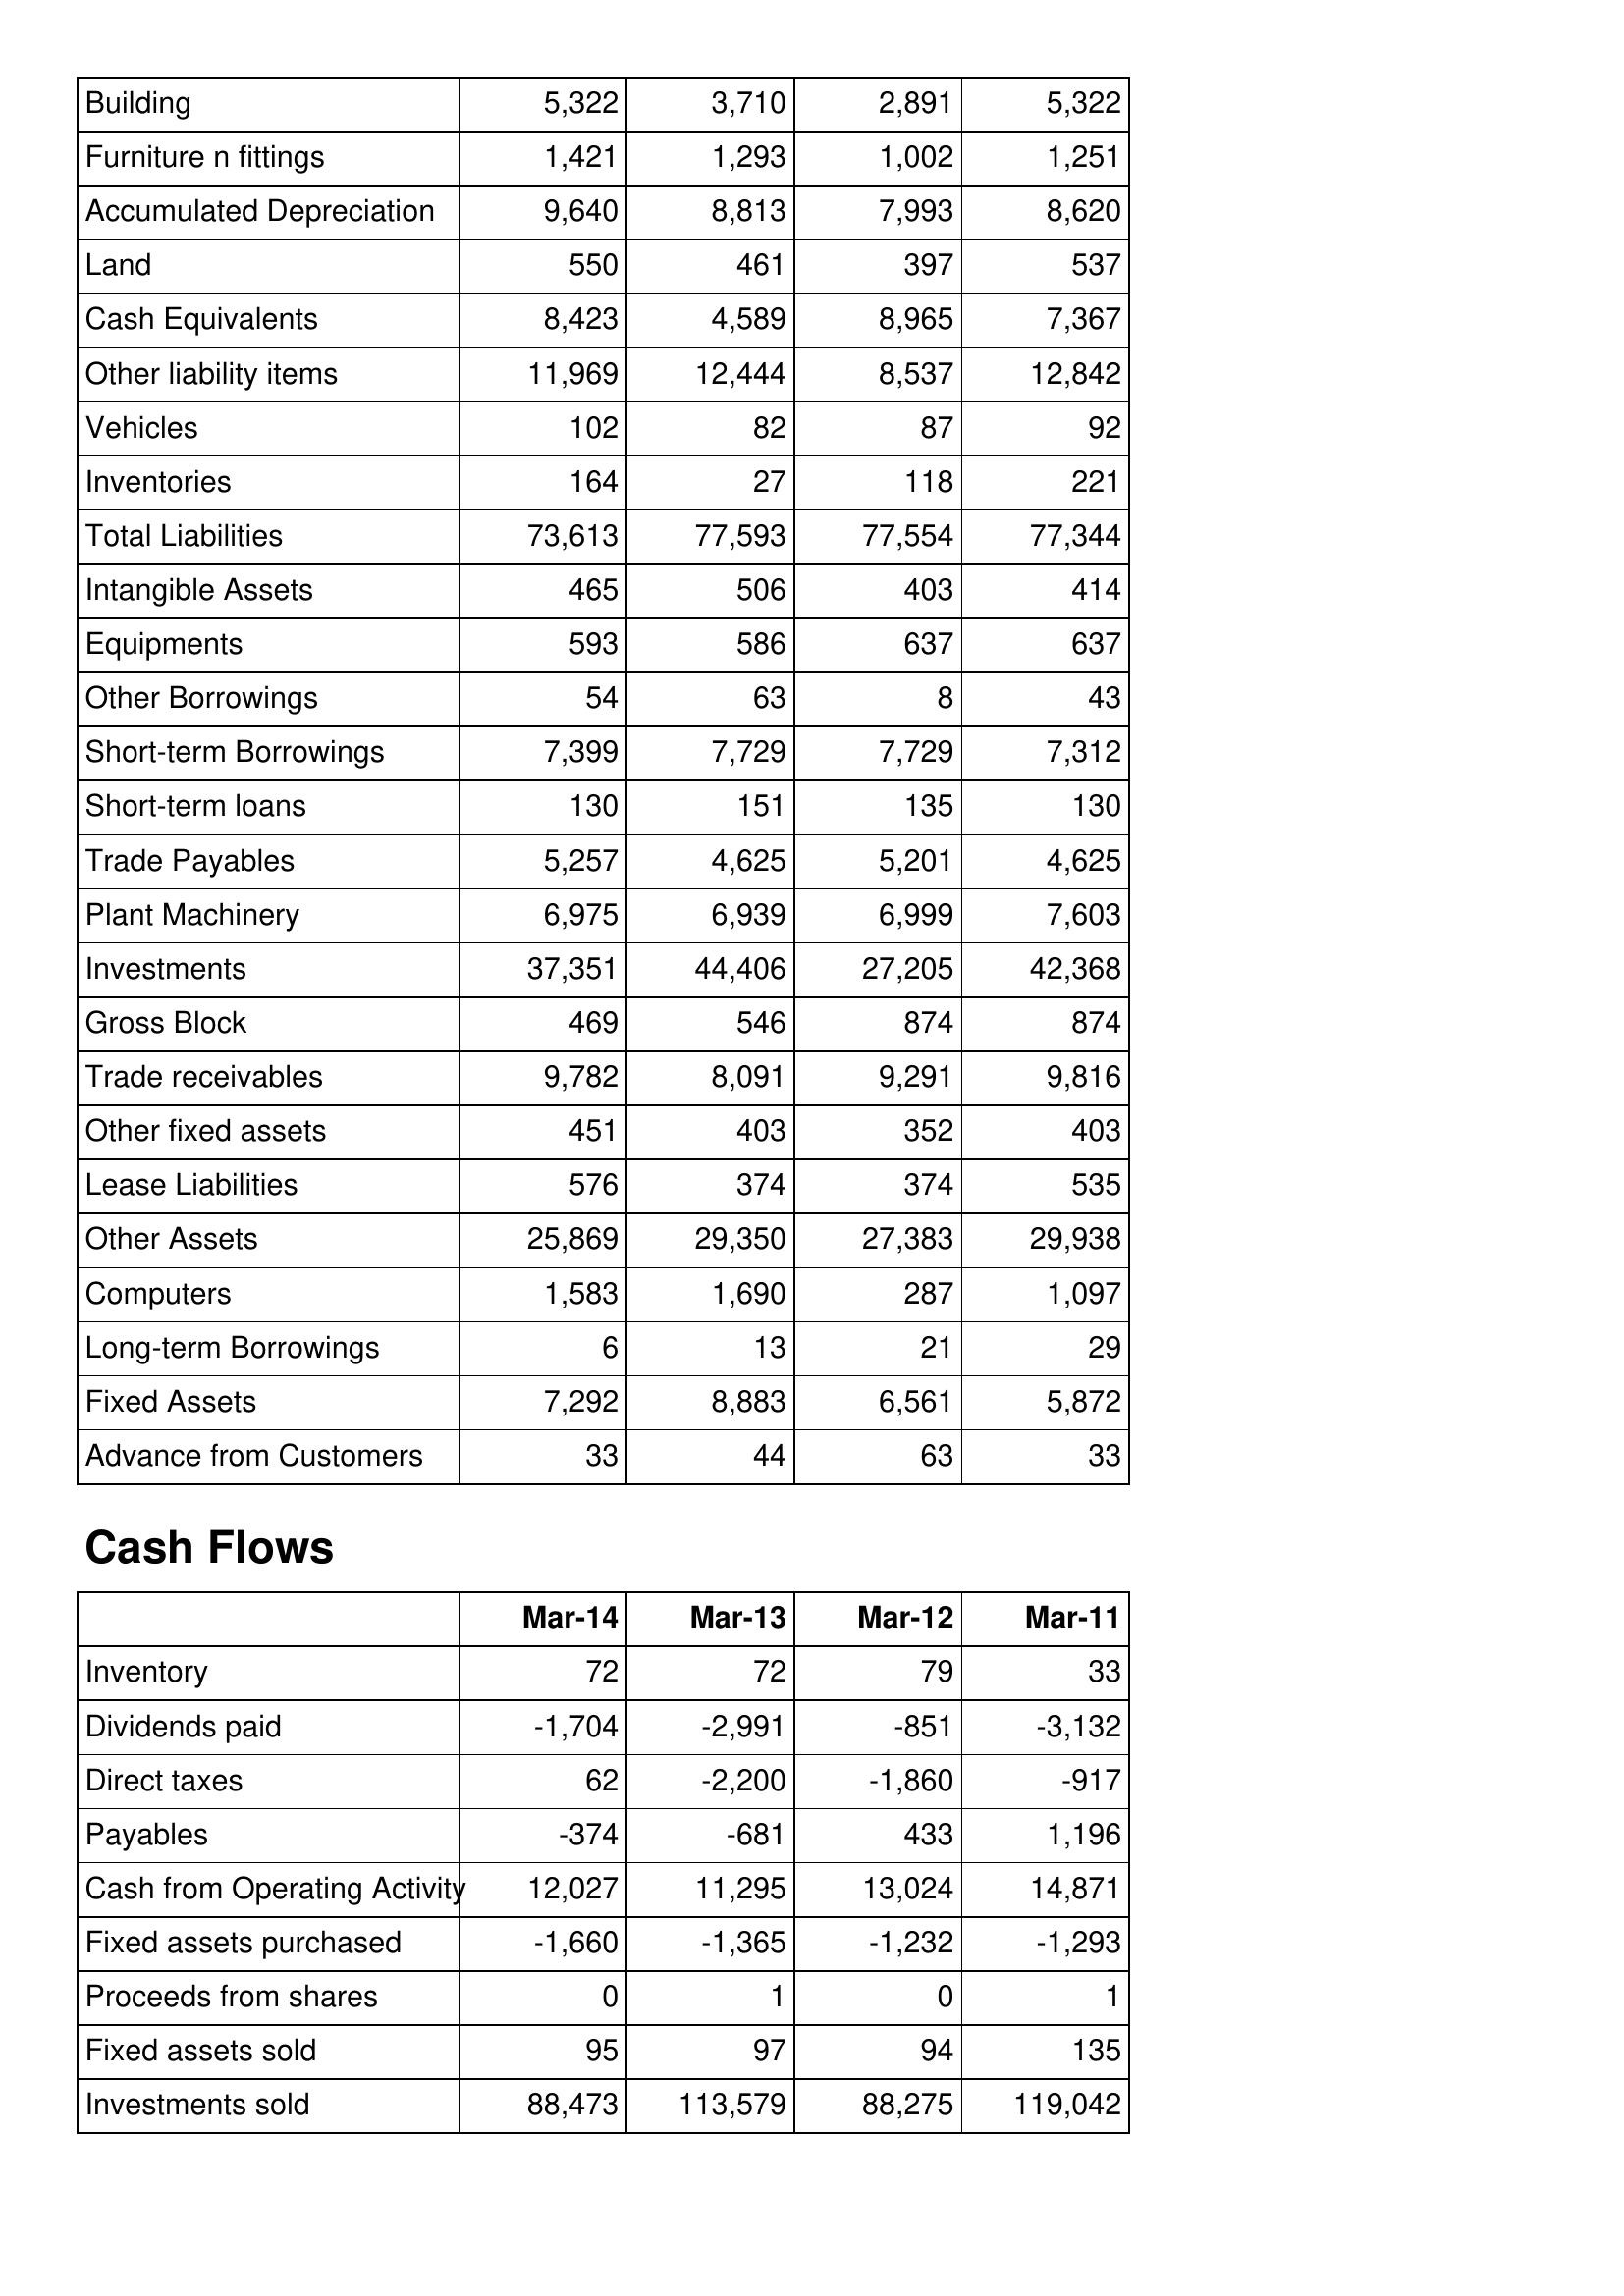
Mar-14: Balance Sheet: Building: 5,322
Furniture n fittings: 1,421
Accumulated Depreciation: 9,640
Land: 550
Cash Equivalents: 8,423
Other liability items: 11,969
Vehicles: 102
Inventories: 164
Total Liabilities: 73,613
Intangible Assets: 465
Equipments: 593
Other Borrowings: 54
Short-term Borrowings: 7,399
Short-term loans: 130
Trade Payables: 5,257
Plant Machinery: 6,975
Investments: 37,351
Gross Block: 469
Trade receivables: 9,782
Other fixed assets: 451
Lease Liabilities: 576
Other Assets: 25,869
Computers: 1,583
Long-term Borrowings: 6
Fixed Assets: 7,292
Advance from Customers: 33
Cash Flows: Inventory: 72
Dividends paid: -1,704
Direct taxes: 62
Payables: -374
Cash from Operating Activity: 12,027
Fixed assets purchased: -1,660
Proceeds from shares: 0
Fixed assets sold: 95
Investments sold: 88,473
Mar-13: Balance Sheet: Building: 3,710
Furniture n fittings: 1,293
Accumulated Depreciation: 8,813
Land: 461
Cash Equivalents: 4,589
Other liability items: 12,444
Vehicles: 82
Inventories: 27
Total Liabilities: 77,593
Intangible Assets: 506
Equipments: 586
Other Borrowings: 63
Short-term Borrowings: 7,729
Short-term loans: 151
Trade Payables: 4,625
Plant Machinery: 6,939
Investments: 44,406
Gross Block: 546
Trade receivables: 8,091
Other fixed assets: 403
Lease Liabilities: 374
Other Assets: 29,350
Computers: 1,690
Long-term Borrowings: 13
Fixed Assets: 8,883
Advance from Customers: 44
Cash Flows: Inventory: 72
Dividends paid: -2,991
Direct taxes: -2,200
Payables: -681
Cash from Operating Activity: 11,295
Fixed assets purchased: -1,365
Proceeds from shares: 1
Fixed assets sold: 97
Investments sold: 113,579
Mar-12: Balance Sheet: Building: 2,891
Furniture n fittings: 1,002
Accumulated Depreciation: 7,993
Land: 397
Cash Equivalents: 8,965
Other liability items: 8,537
Vehicles: 87
Inventories: 118
Total Liabilities: 77,554
Intangible Assets: 403
Equipments: 637
Other Borrowings: 8
Short-term Borrowings: 7,729
Short-term loans: 135
Trade Payables: 5,201
Plant Machinery: 6,999
Investments: 27,205
Gross Block: 874
Trade receivables: 9,291
Other fixed assets: 352
Lease Liabilities: 374
Other Assets: 27,383
Computers: 287
Long-term Borrowings: 21
Fixed Assets: 6,561
Advance from Customers: 63
Cash Flows: Inventory: 79
Dividends paid: -851
Direct taxes: -1,860
Payables: 433
Cash from Operating Activity: 13,024
Fixed assets purchased: -1,232
Proceeds from shares: 0
Fixed assets sold: 94
Investments sold: 88,275
Mar-11: Balance Sheet: Building: 5,322
Furniture n fittings: 1,251
Accumulated Depreciation: 8,620
Land: 537
Cash Equivalents: 7,367
Other liability items: 12,842
Vehicles: 92
Inventories: 221
Total Liabilities: 77,344
Intangible Assets: 414
Equipments: 637
Other Borrowings: 43
Short-term Borrowings: 7,312
Short-term loans: 130
Trade Payables: 4,625
Plant Machinery: 7,603
Investments: 42,368
Gross Block: 874
Trade receivables: 9,816
Other fixed assets: 403
Lease Liabilities: 535
Other Assets: 29,938
Computers: 1,097
Long-term Borrowings: 29
Fixed Assets: 5,872
Advance from Customers: 33
Cash Flows: Inventory: 33
Dividends paid: -3,132
Direct taxes: -917
Payables: 1,196
Cash from Operating Activity: 14,871
Fixed assets purchased: -1,293
Proceeds from shares: 1
Fixed assets sold: 135
Investments sold: 119,042